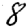
Digit: 8